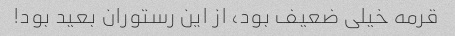
قرمه خیلی ضعیف بود، از این رستوران بعید بود!